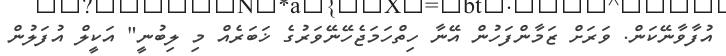
އުފާވާނޭކަން. ވަރަށް ޒަމާންފަހުން އޭނާ ހިތްހަމަޖެހޭނޭވަރުގެ ޚަބަރެއް މި ލިބުނީ" އަކީލް އުފަލުން